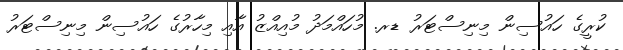
ކުރީގެ ހައުސިން މިނިސްޓަރު ޑރ. މުހައްމަދު މުއިއްޒު އާއި މިހާރުގެ ހައުސިން މިނިސްޓަރު